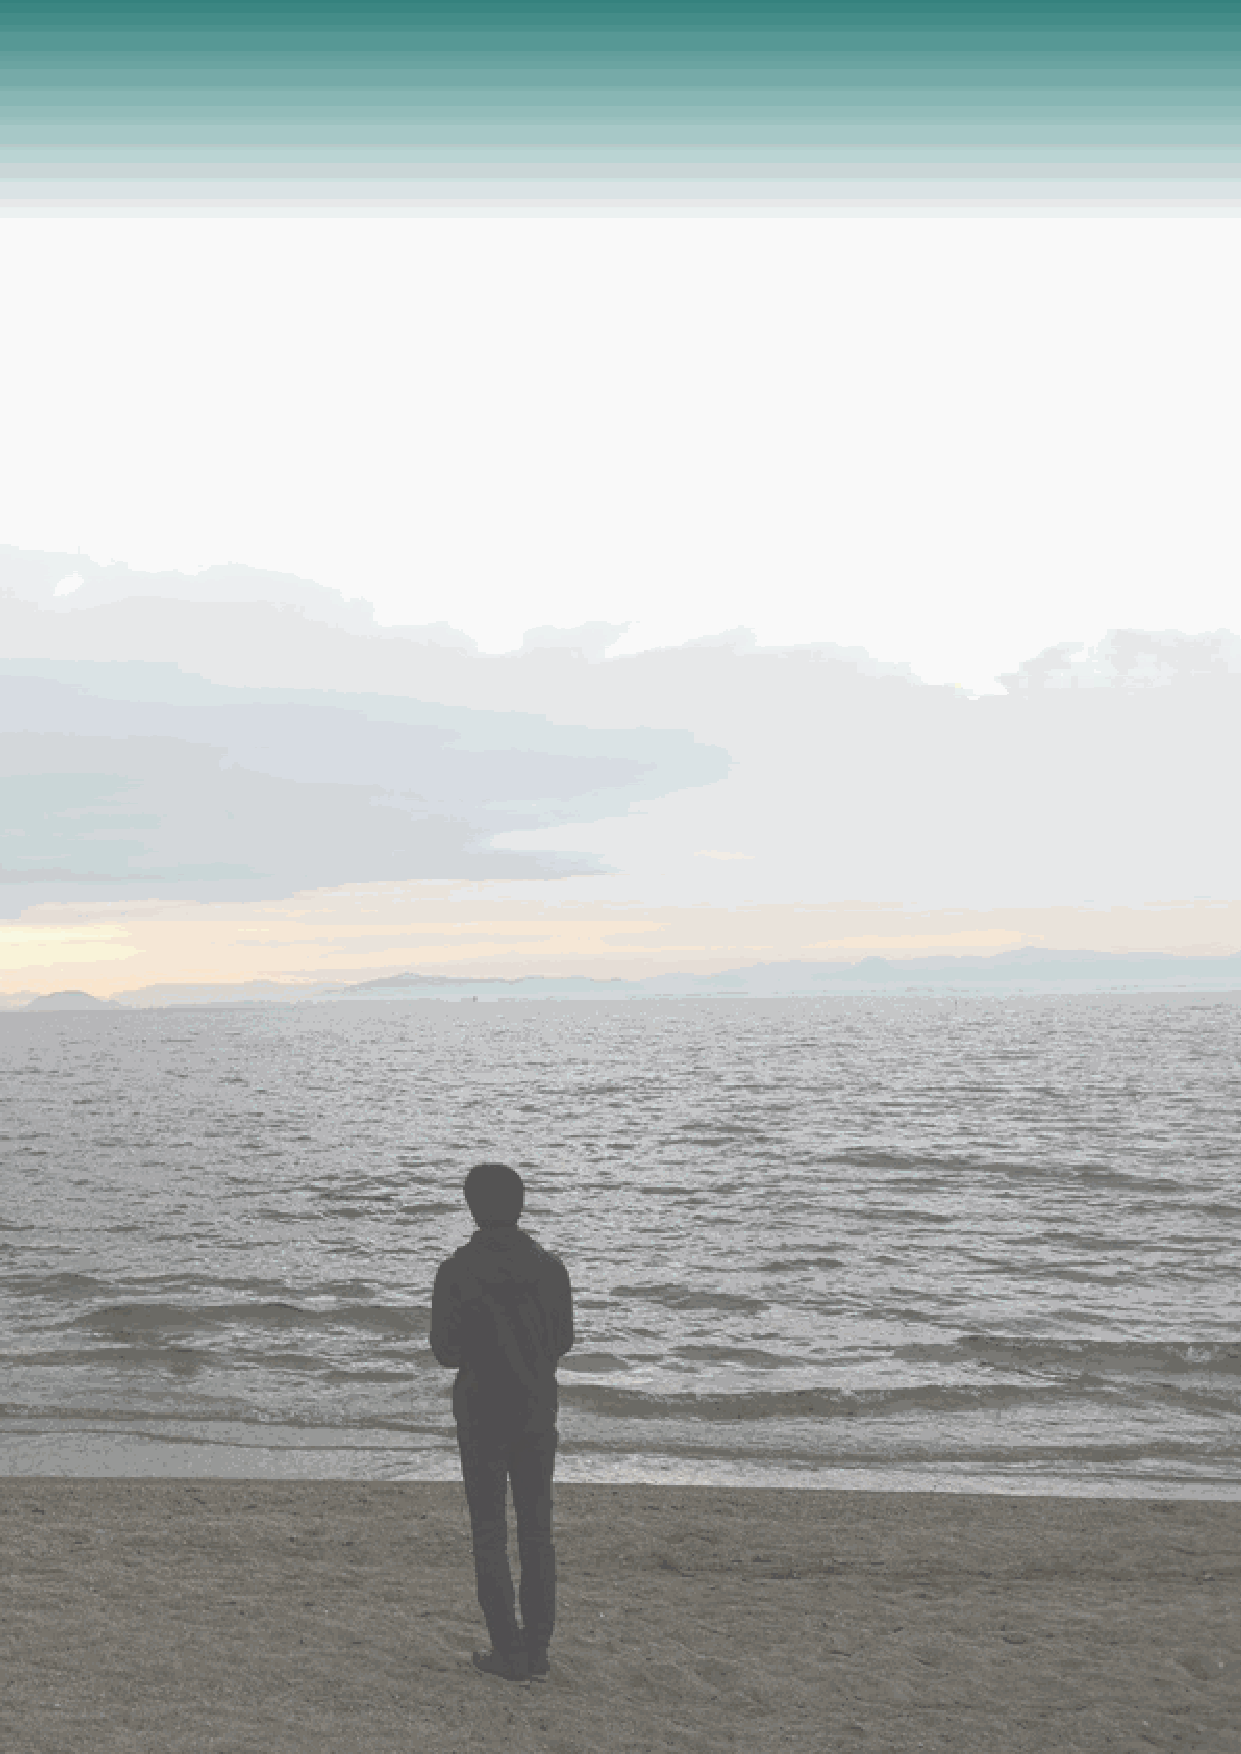
Life at the foot of Mt. Hira based on historical
 【
 materials
 】
 Photo: SHIMAUCHI Risa
 英英語語版版��ーー��2200221100331100..iinndddd 1144--1155                          22002211//0033//1155 66::4488